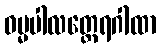
ဓမ္မပါလတ္ထေရဂါထာ